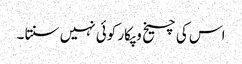
اس کی چیخ و پکار کوئی نہیں سنتا ۔